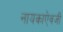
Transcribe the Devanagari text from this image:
नायकाऐवजी